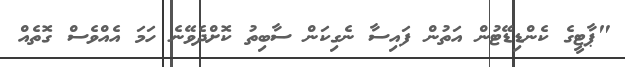
"ޕާޓީގެ ކެންޑިޑޭޓުން އަތުން ފައިސާ ނެގިކަން ސާބިތު ކޮށްދެވޭނެ ހަމަ އެއްވެސް ގޮތެއް